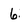
Character: 6